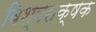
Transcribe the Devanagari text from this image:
विश्वराक्षक